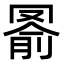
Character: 𦋢